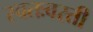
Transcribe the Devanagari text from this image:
स्वतःवरती